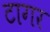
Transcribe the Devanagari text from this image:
टागर